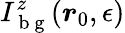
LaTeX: I_{\mathrm{~b~g~}}^{z}(\boldsymbol{r}_{0},\epsilon)